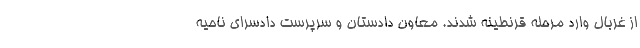
از غربال وارد مرحله قرنطینه شدند. معاون دادستان و سرپرست دادسرای ناحیه